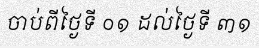
ចាប់ពីថ្ងៃទី ០១ ដល់ថ្ងៃទី ៣១